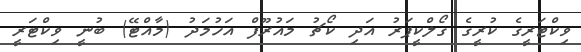
ވިކްޓަރީގެ ކުރީގެ ގޯލްކީޕަރު އަދި ކޯޗު މައުރޫފް އަހުމަދު (މާއްޓޭ) ބުނީ ވިކްޓަރީ